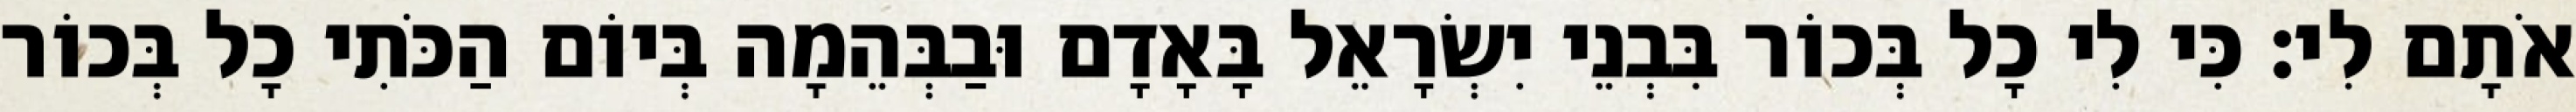
אֹתָם לִי׃ כִּי לִי כָל בְּכוֹר בִּבְנֵי יִשְׂרָאֵל בָּאָדָם וּבַבְּהֵמָה בְּיוֹם הַכֹּתִי כָל בְּכוֹר